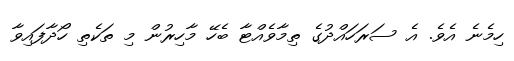
ހިމެނެ އެވެ. އެ ސަރަހައްދުގެ ތިމާވެއްޓާ ބެހޭ މާހިރުން މި ތަކެތި ހޯދާފައިވާ